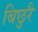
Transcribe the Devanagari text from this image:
बिछुरै